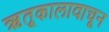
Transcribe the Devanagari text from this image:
ऋतूकालावाचून